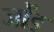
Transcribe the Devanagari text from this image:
जोंड